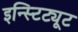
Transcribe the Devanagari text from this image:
इन्स्टिट्यूट